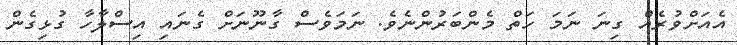
އެއަށްވުރެއް ގިނަ ނަމަ ހަތް މެންބަރުންނެވެ. ނަމަވެސް ގާނޫނަށް ގެނައި އިސްލާހާ ގުޅިގެން